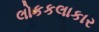
લોકકલાકાર